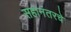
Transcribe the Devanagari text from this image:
सहानंतरचे